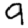
Digit: 9